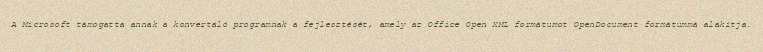
A Microsoft támogatta annak a konvertáló programnak a fejlesztését, amely az Office Open XML formátumot OpenDocument formátummá alakítja.